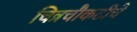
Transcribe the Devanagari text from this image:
चित्रचौकटीचे